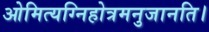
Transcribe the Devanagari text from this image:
ओमित्यग्निहोत्रमनुजानति।